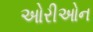
ઓરીઓન